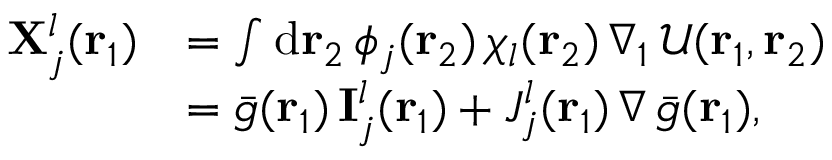
\begin{array} { r l } { \mathbf { X } _ { j } ^ { l } ( { \mathbf { r } _ { 1 } } ) } & { = \int \mathrm { d } { \mathbf { r } _ { 2 } } \, \phi _ { j } ( { \mathbf { r } _ { 2 } } ) \, \chi _ { l } ( { \mathbf { r } _ { 2 } } ) \, \nabla _ { 1 } \, \mathcal { U } ( { \mathbf { r } _ { 1 } } , { \mathbf { r } _ { 2 } } ) } \\ & { = \bar { g } ( { \mathbf { r } _ { 1 } } ) \, \mathbf { I } _ { j } ^ { l } ( { \mathbf { r } _ { 1 } } ) + J _ { j } ^ { l } ( { \mathbf { r } _ { 1 } } ) \, \nabla \, \bar { g } ( { \mathbf { r } _ { 1 } } ) \mathrm { , } } \end{array}